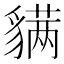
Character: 𬥊